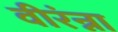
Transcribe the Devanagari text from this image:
वीरंन्ना